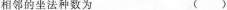
相邻的坐法种数为 ()